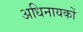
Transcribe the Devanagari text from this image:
अधिनायकों